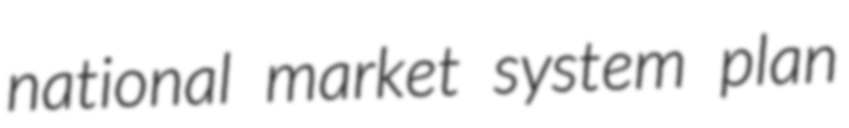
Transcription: national market system plan